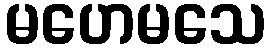
မဟေမသေ